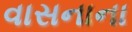
વાસનાના